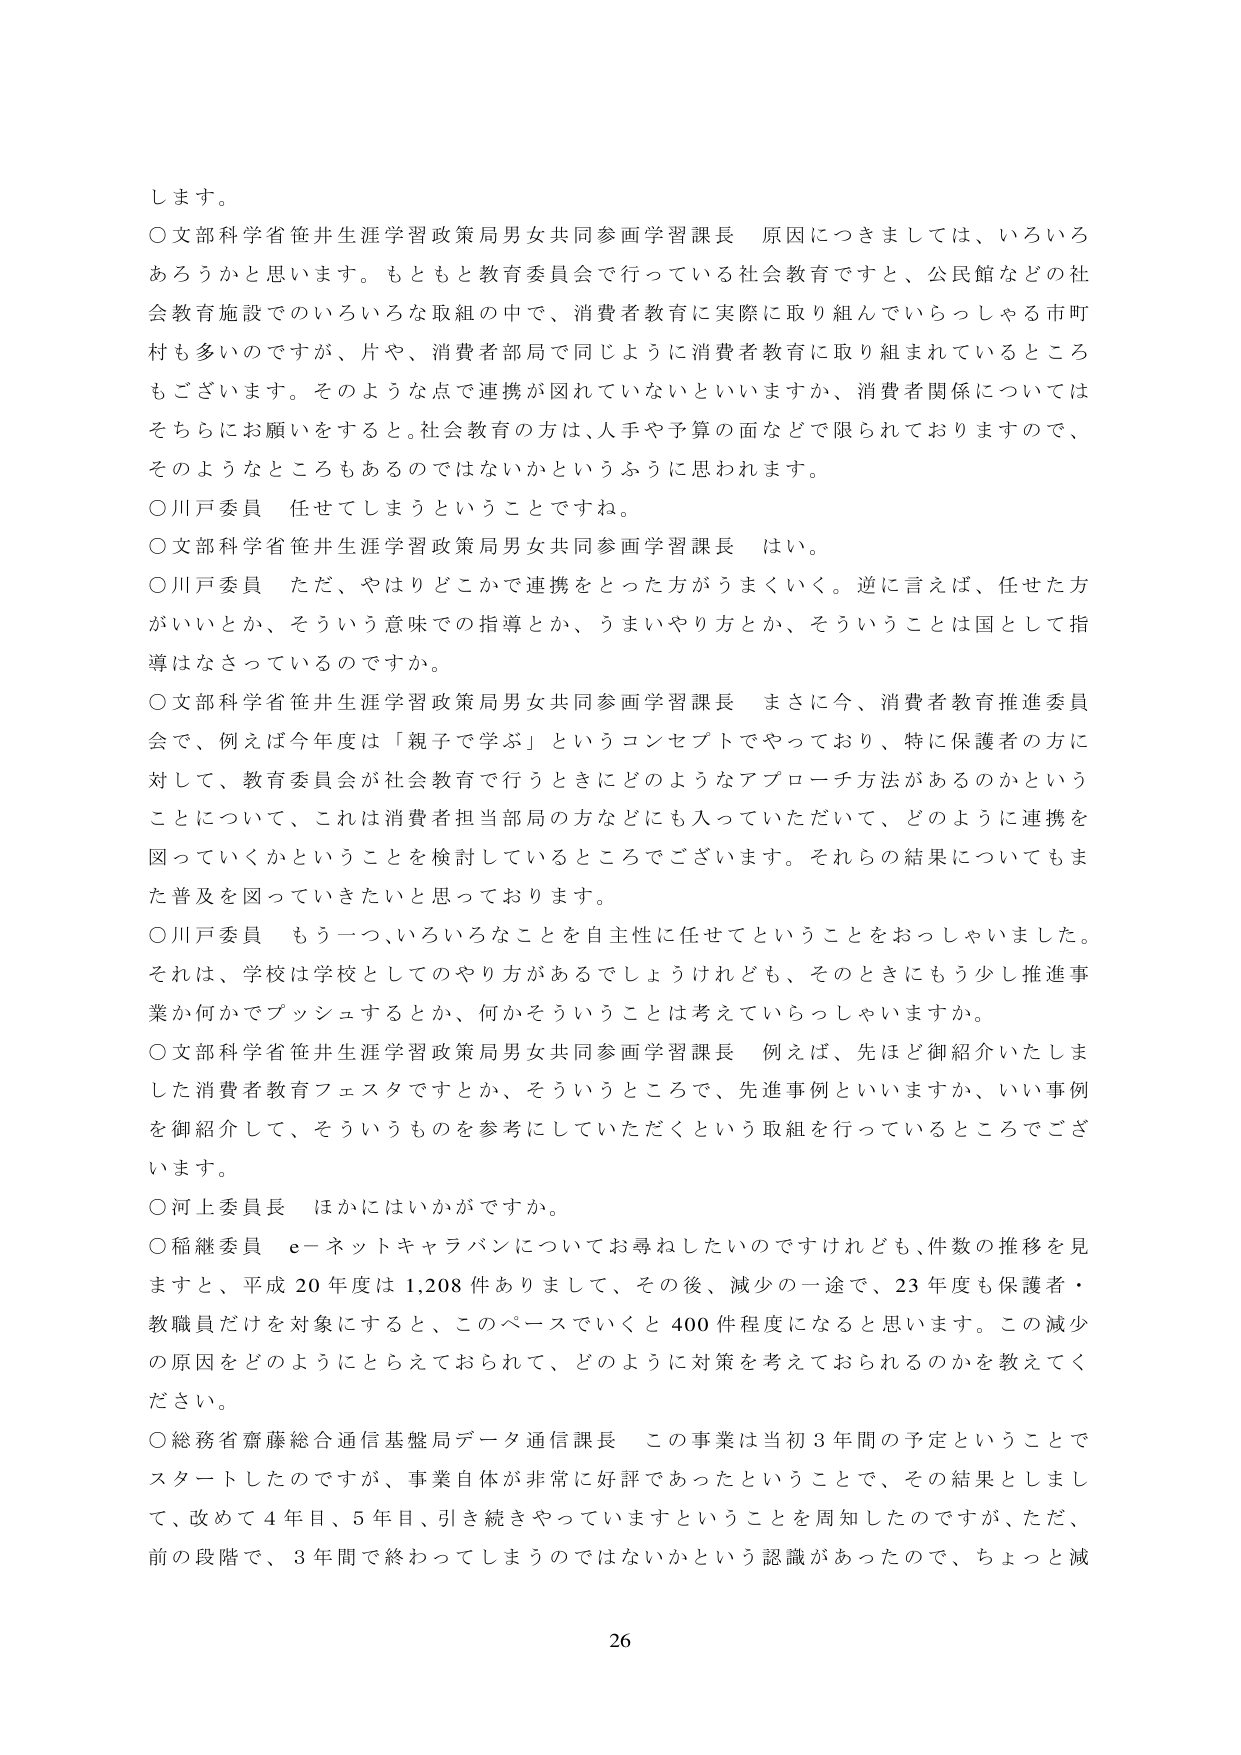
します。

○文部科学省笹井生涯学習政策局男女共同参画学習課長　原因につきましては、いろいろあろうかと思います。もともと教育委員会で行っている社会教育ですと、公民館などの社会教育施設でのいろいろな取組の中で、消費者教育に実際に取り組んでいらっしゃる市町村も多いのですが、片や、消費者部局で同じように消費者教育に取り組まれているところもございます。そのような点で連携が図れていないといいますか、消費者関係についてはそちらにお願いをすると。社会教育の方は、人手や予算の面などで限られておりますので、そのようなところもあるのではないかというふうに思われます。

○川戸委員　任せてしまうということですね。

○文部科学省笹井生涯学習政策局男女共同参画学習課長　はい。

○川戸委員　ただ、やはりどこかで連携をとった方がうまくいく。逆に言えば、任せた方がいいとか、そういう意味での指導とか、うまいやり方とか、そういうことは国として指導はなさっているのですか。

○文部科学省笹井生涯学習政策局男女共同参画学習課長　まさに今、消費者教育推進委員会で、例えば今年度は「親子で学ぶ」というコンセプトでやっており、特に保護者の方に対して、教育委員会が社会教育で行うときにどのようなアプローチ方法があるのかということについて、これは消費者担当部局の方などにも入っていただいて、どのように連携を図っていくかということを検討しているところでございます。それらの結果についてもまた普及を図っていきたいと思っております。

○川戸委員　もう一つ、いろいろなことを自主性に任せてということをおっしゃいました。それは、学校は学校としてのやり方があるでしょうけれども、そのときにもう少し推進事業か何かでプッシュするとか、何かそういうことは考えていらっしゃいますか。

○文部科学省笹井生涯学習政策局男女共同参画学習課長　例えば、先ほど御紹介いたしました消費者教育フェスタですとか、そういうところで、先進事例といいますか、いい事例を御紹介して、そういうものを参考にしていただくという取組を行っているところでございます。

○河上委員長　ほかにはいかがですか。

○稲継委員　e-ネットキャラバンについてお尋ねしたいのですけれども、件数の推移を見ますと、平成20年度は1,208件ありまして、その後、減少の一途で、23年度も保護者・教職員だけを対象にすると、このペースでいくと400件程度になると思います。この減少の原因をどのようにとらえておられて、どのように対策を考えておられるのかを教えてください。

○総務省齋藤総合通信基盤局データ通信課長　この事業は当初3年間の予定ということでスタートしたのですが、事業自体が非常に好評であったということで、その結果としまして、改めて4年目、5年目、引き続きやっていますということを周知したのですが、ただ、前の段階で、3年間で終わってしまうのではないかという認識があったので、ちょっと減

26